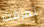
تمزقت